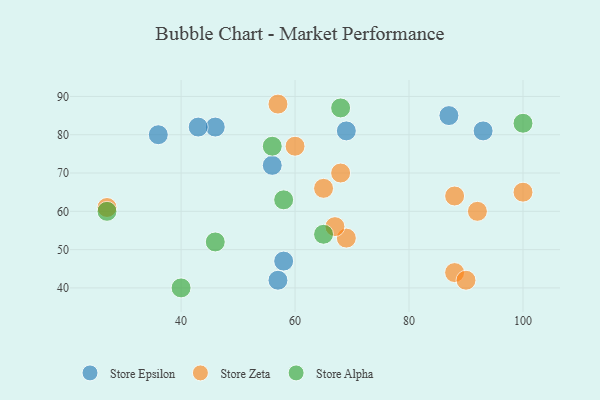
{"axis": {"x": "GDP", "y": "Life Expectancy"}, "legend": ["Store Alpha", "Store Epsilon", "Store Zeta"], "data": [{"x": "36", "y": 80, "type": "Store Epsilon"}, {"x": "57", "y": 42, "type": "Store Epsilon"}, {"x": "93", "y": 81, "type": "Store Epsilon"}, {"x": "58", "y": 47, "type": "Store Epsilon"}, {"x": "87", "y": 85, "type": "Store Epsilon"}, {"x": "46", "y": 82, "type": "Store Epsilon"}, {"x": "43", "y": 82, "type": "Store Epsilon"}, {"x": "56", "y": 72, "type": "Store Epsilon"}, {"x": "69", "y": 81, "type": "Store Epsilon"}, {"x": "88", "y": 44, "type": "Store Zeta"}, {"x": "27", "y": 61, "type": "Store Zeta"}, {"x": "60", "y": 77, "type": "Store Zeta"}, {"x": "69", "y": 53, "type": "Store Zeta"}, {"x": "88", "y": 64, "type": "Store Zeta"}, {"x": "68", "y": 70, "type": "Store Zeta"}, {"x": "65", "y": 66, "type": "Store Zeta"}, {"x": "57", "y": 88, "type": "Store Zeta"}, {"x": "92", "y": 60, "type": "Store Zeta"}, {"x": "100", "y": 65, "type": "Store Zeta"}, {"x": "90", "y": 42, "type": "Store Zeta"}, {"x": "67", "y": 56, "type": "Store Zeta"}, {"x": "100", "y": 83, "type": "Store Alpha"}, {"x": "46", "y": 52, "type": "Store Alpha"}, {"x": "56", "y": 77, "type": "Store Alpha"}, {"x": "40", "y": 40, "type": "Store Alpha"}, {"x": "58", "y": 63, "type": "Store Alpha"}, {"x": "68", "y": 87, "type": "Store Alpha"}, {"x": "65", "y": 54, "type": "Store Alpha"}, {"x": "27", "y": 60, "type": "Store Alpha"}]}